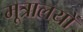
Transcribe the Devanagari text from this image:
मूत्रालयों